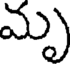
మృ